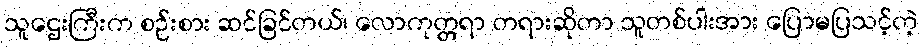
သူဌေးကြီးက စဉ်းစား ဆင်ခြင်တယ်၊ လောကုတ္တရာ တရားဆိုတာ သူတစ်ပါးအား ပြောမပြသင့်တဲ့